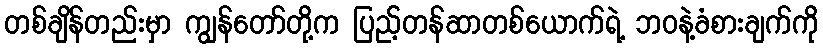
တစ်ချိန်တည်းမှာ ကျွန်တော်တို့က ပြည့်တန်ဆာတစ်ယောက်ရဲ့ ဘဝနဲ့ခံစားချက်ကို